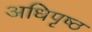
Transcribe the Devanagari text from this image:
अधिपृष्ठ